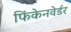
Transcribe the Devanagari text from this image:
फिंकेनवेर्डर